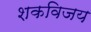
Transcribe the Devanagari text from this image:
शकविजय